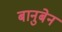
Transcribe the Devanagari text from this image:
बानुबेन